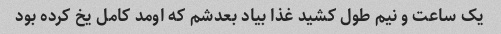
یک ساعت و‌ نیم طول کشید غذا بیاد بعدشم که اومد کامل یخ کرده بود